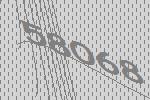
58068